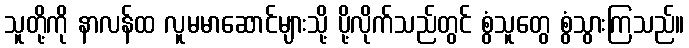
သူတို့ကို နာလန်ထ လူမမာဆောင်များသို့ ပို့လိုက်သည်တွင် စွံသူတွေ စွံသွားကြသည်။